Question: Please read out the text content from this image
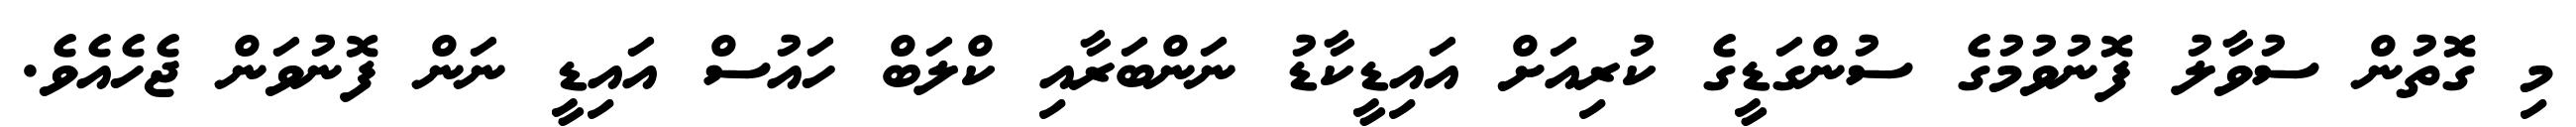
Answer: މި ގޮތުން ސުވާލު ފޮނުވުމުގެ ސުންގަޑީގެ ކުރިއަށް އައިޑީކާޑު ނަންބަރާއި ކްލަބް ހައުސް އައިޑީ ނަން ފޮނުވަން ޖެހެއެވެ.